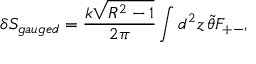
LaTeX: \delta S _ { g a u g e d } = \frac { k \sqrt { R ^ { 2 } - 1 } } { 2 \pi } \int d ^ { 2 } z \, \tilde { \theta } F _ { + - } ,